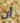
أن